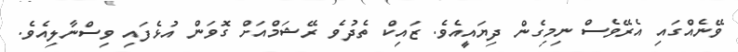
ވޭނެއްގައި އެރޭވެސް ނިމިގެން ދިޔައީއެވެ. ޒައިކް ތެދުވެ ރޭޝަމްއަށް ގޮވަން އުޅެފައި ވިސްނާލިއެވެ.